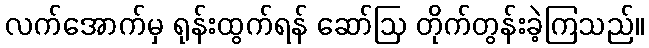
လက်အောက်မှ ရုန်းထွက်ရန် ဆော်ဩ တိုက်တွန်းခဲ့ကြသည်။